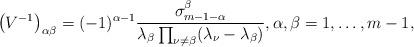
LaTeX: \begin{align*}\left(V^{-1}\right)_{\alpha\beta} = (-1)^{\alpha-1} \frac{\sigma_{m-1-\alpha}^{\beta}}{\lambda_{\beta} \prod_{\nu\neq\beta} (\lambda_{\nu} - \lambda_{\beta})}, \alpha, \beta = 1, \dots, m-1,\end{align*}